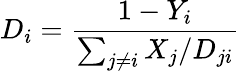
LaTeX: D_{i}=\frac{1-Y_{i}}{\sum_{j\neq i}X_{j}/D_{ji}}